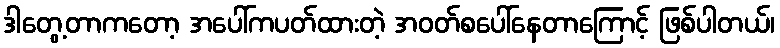
ဒါတွေ့တာကတော့ အပေါ်ကပတ်ထားတဲ့ အဝတ်စပေါ်နေတာကြောင့် ဖြစ်ပါတယ်၊